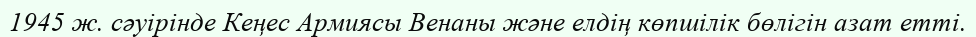
1945 ж. сәуірінде Кеңес Армиясы Венаны және елдің көпшілік бөлігін азат етті.